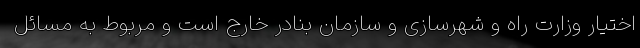
اختیار وزارت راه و شهرسازی و سازمان بنادر خارج است و مربوط به مسائل